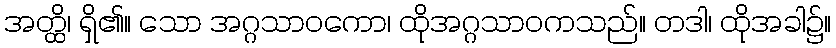
အတ္ထိ၊ ရှိ၏။ သော အဂ္ဂသာဝကော၊ ထိုအဂ္ဂသာဝကသည်။ တဒါ၊ ထိုအခါ၌။